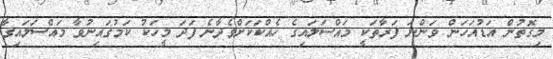
މިގޮތުން އަޑުއަހަން ވަންނަ ފަރާތަކީ މައްސަލައިގެ ހެއްކަކަށްވެދާނެ ފަދަ މީހަކު ކަމުގައިނުވާ މައްސަލައިގާ